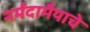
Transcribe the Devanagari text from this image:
नर्मदामैयाचे